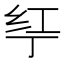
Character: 𱺗